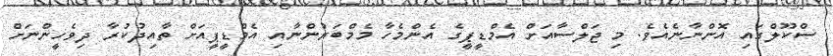
ސްކޫލްގައި އޮންނާނެއެވެ. މި ޖަލްސާއަށް އެމްޑީޕީގެ އެންމެހާ މެމްބަރުންނާއި އެމްޑީޕީއަށް ތާއިދުކުރާ ދިވެހީންނަށް